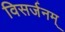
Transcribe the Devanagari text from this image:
विसर्जनम्